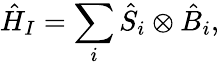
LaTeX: {\hat{H}}_{I}=\sum_{i}{\hat{S}}_{i}\otimes{\hat{B}}_{i},